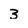
Character: 3